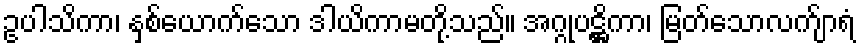
ဥပါသိကာ၊ နှစ်ယောက်သော ဒါယိကာမတို့သည်။ အဂ္ဂုပဋ္ဌိကာ၊ မြတ်သောလက်ျာရံ